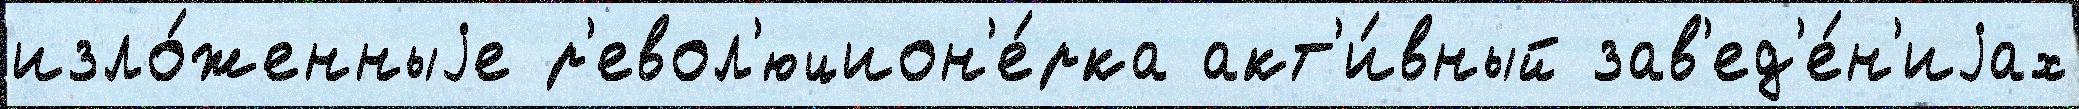
изло́женныjе р'евол'юцион'е́рка акт'и́вный зав'ед'е́н'иjах